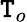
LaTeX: \mathtt{T}_{o}